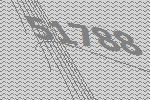
51788